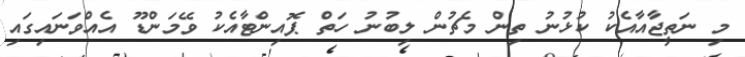
މި ނަތީޖާއާއެކު ކުޅުނު ތިން މެޗުން ލިބުނު ހަތް ޕޮއިންޓާއެކު ވޭމަންޑޫ އެއްވަނައިގައި